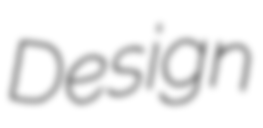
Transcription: Design